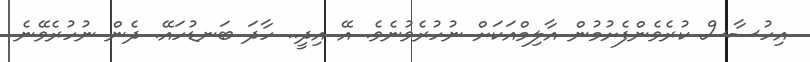
އިހުސާސް ކުރެވެންފެށުމުން އާލިމްއަކަށް ނުހުރެވުނެވެ. އޭ އިދީ.. ހާދަ ބަނޑުހައޭ. ދެން ނުހުރެވޭނެ